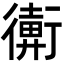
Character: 𢖋